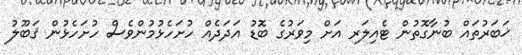
ޚަބަރުތައް ބުނާގޮތުން ޓެއިލަރ އަށް މިވަރުގެ ބޮޑު އަދަދެއް ހުށަހެޅުމުންވެސް ހުށަހެޅުން ޤަބޫލު